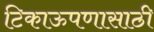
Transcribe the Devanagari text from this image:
टिकाऊपणासाठी